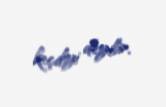
keçdiyi deyilir.